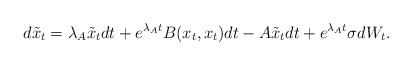
\begin{align*} d \tilde{x}_t = \lambda_A \tilde{x}_t dt + e^{\lambda_A t}B(x_t,x_t)dt - A\tilde{x}_t dt + e^{\lambda_A t}\sigma dW_t.\end{align*}